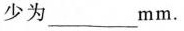
少为___mm.